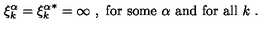
\xi _ { k } ^ { \alpha } = { \xi _ { k } ^ { \alpha } } ^ { * } = \infty \ , \mathrm { \ f o r \ s o m e } \ \alpha \ \mathrm { a n d \ f o r \ a l l } \ k \ .